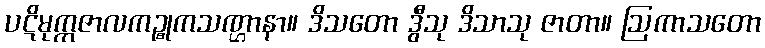
ပဋိမုက္ကဇာလကဉ္စုကသဏ္ဌာနာ။ ဒိသတော ဒွီသု ဒိသာသု ဇာတာ။ ဩကာသတော